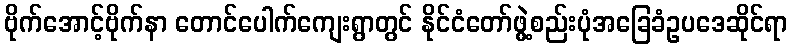
ဗိုက်အောင့်ဗိုက်နာ တောင်ပေါက်ကျေးရွာတွင် နိုင်ငံတော်ဖွဲ့စည်းပုံအခြေခံဥပဒေဆိုင်ရာ